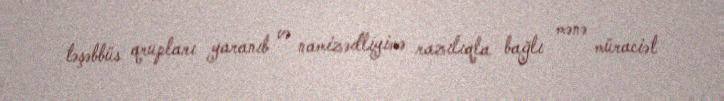
təşəbbüs qrupları yaranıb və namizədliyimə razılıqla bağlı mənə müraciət